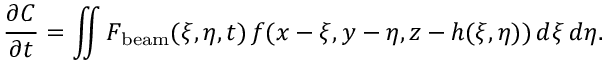
\frac { \partial C } { \partial t } = \iint F _ { \mathrm { b e a m } } ( \xi , \eta , t ) \, f ( x - \xi , y - \eta , z - h ( \xi , \eta ) ) \, d \xi \, d \eta .